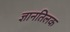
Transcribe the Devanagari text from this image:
ज्ञानतिलक